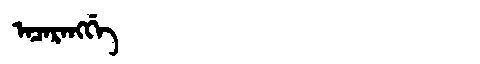
Manchu: ᠠᠴᠠᡵᠠᠩᡤᡝ
Romanization: ACARANGGE